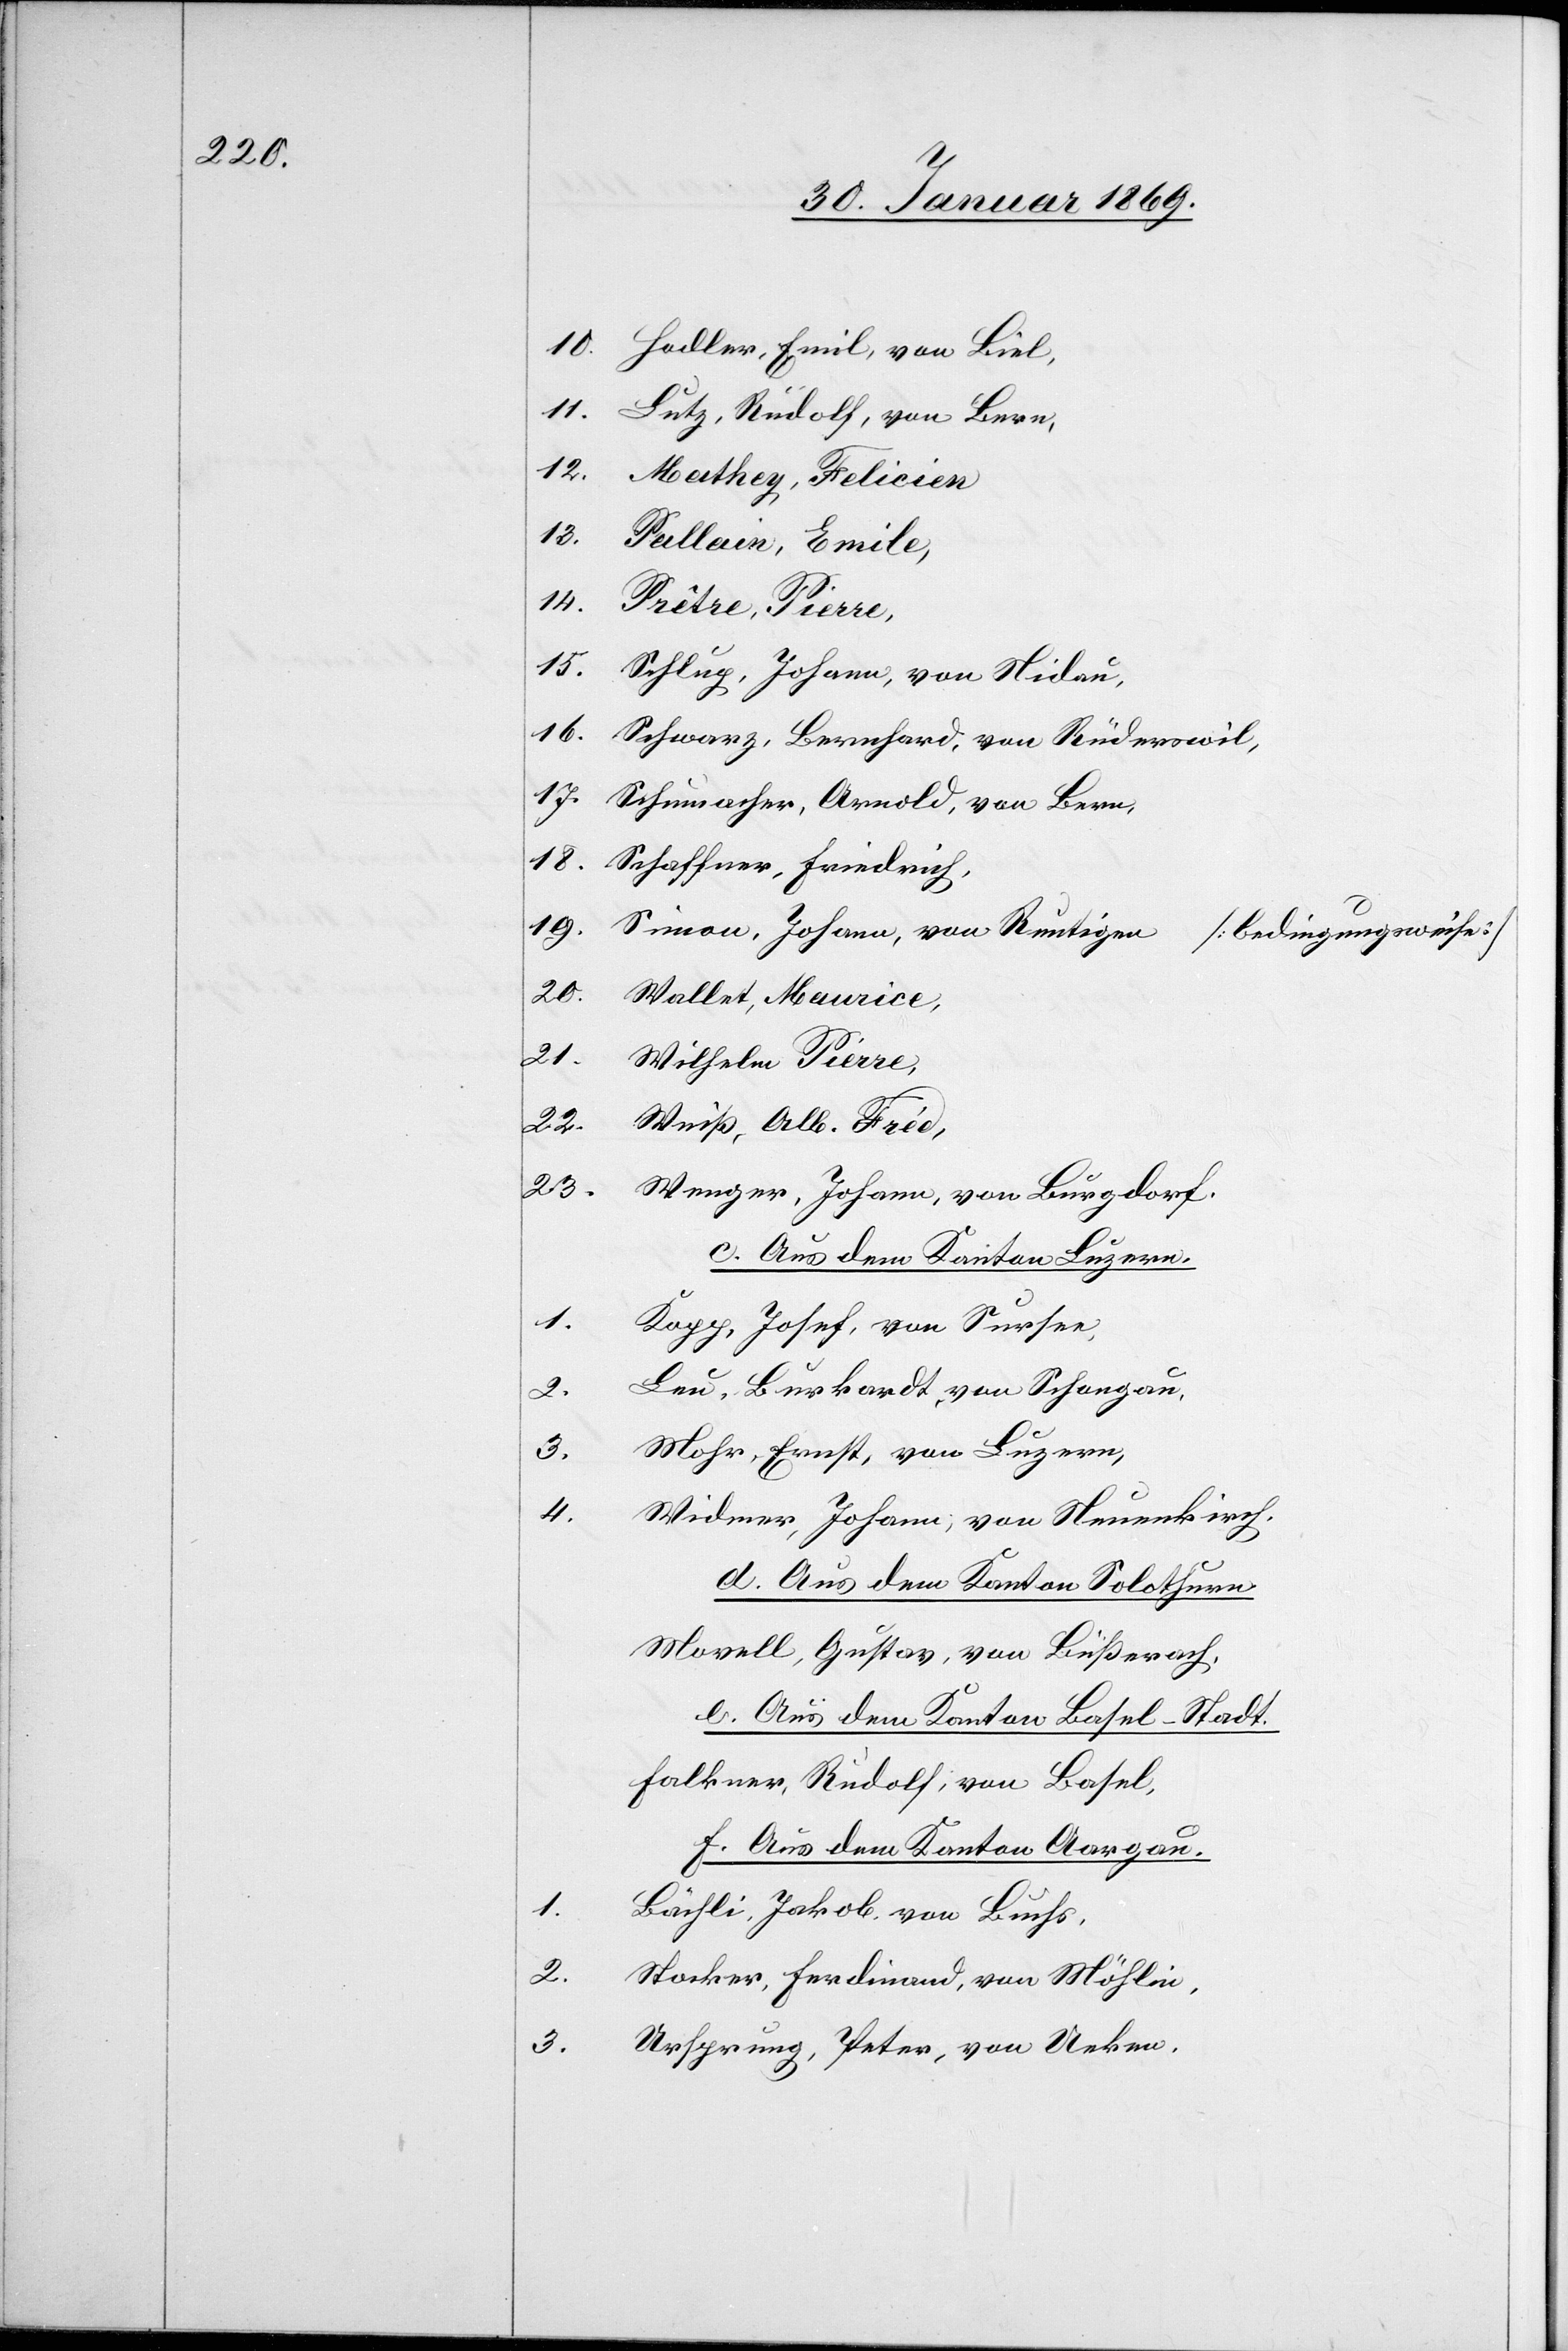
1.
2.

10. Hodler, Emil, von Biel,
11. Lutz, Rudolf, von Bern,
12. Mathey, Felicien
13. Pullain, Emile,
14. Prête, Pierre,
15. Schlup, Johann, von Nidau,
16. Schwarz, Bernhard, von Rüdersweil,
17. Schumacher, Arnold, von Bern,
18.
Schaffner, Friedrich,
19.
Simon, Johann, von Reutigen.
[bedingungsweise]
20.
Wallet, Maurice,
21. Wilhem, Pierre,
22. Weiß, Alb. Fried.
23. Wenger, Johann, von Burgdorf.
c. Aus dem Kanton Luzern.
1.
Kapp, Josef, von Sursee,
Leu, Burkhardt, von Schongau,
3.
Mohr, Ernst, von Luzern,
3.
4.
Widmer, Johann, von Neuenkirch.
d. Aus dem Kanton Solothurn.
Movell, Gustav, von Büßerach,
e. Aus dem Kanton Basel-Stadt.
Falkner, Rudolf, von Basel.
f. Aus dem Kanton Aargau.
Bächli, Jakob von Buchs.
Stocker, Ferdinand, von Möhlin,
Ursprung, Peter, von Ueken.